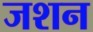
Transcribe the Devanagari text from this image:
जशन